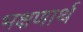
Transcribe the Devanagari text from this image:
भक्षणार्थ